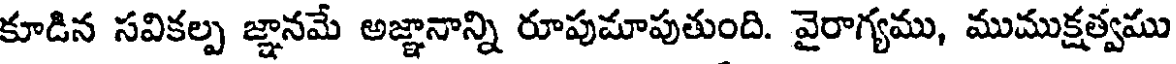
కూడిన సవికల్ప జ్ఞానమే అజ్ఞానాన్ని రూపుమాపుతుంది. వైరాగ్యము, ముముక్షత్వము